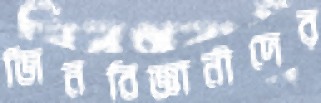
জিনবিজ্ঞানীদের